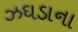
ઝઘડાના